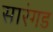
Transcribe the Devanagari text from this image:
सारंगड